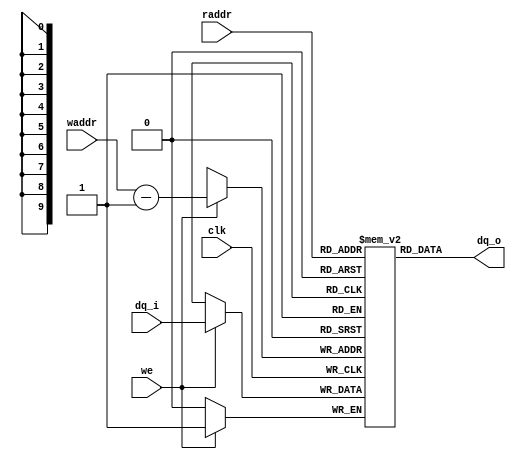
`timescale 1ns / 1ps
//////////////////////////////////////////////////////////////////////////////////
// Company: 
// Engineer: 
// 
// Design Name: 
// Module Name: myram
// Project Name: 
// Target Devices: 
// Tool Versions: 
// Description: 
// 
// Dependencies: 
// 
// Revision:
// Revision 0.01 - File Created
// Additional Comments:
// 
//////////////////////////////////////////////////////////////////////////////////


module myram #(
    parameter WIDTH = 1  ,               // ()
    parameter DEPTH = 800,               // ()
    parameter DEPBIT= 10                 // 
)(
    //module clock
    input                     clk  ,     // 

    //ram interface
    input                     we   ,
    input  [DEPBIT- 1'b1:0]   waddr,
    input  [DEPBIT- 1'b1:0]   raddr,
    input  [WIDTH - 1'b1:0]   dq_i ,
    output [WIDTH - 1'b1:0]   dq_o

    //user interface
);

//reg define
reg [WIDTH - 1'b1:0] mem [DEPTH - 1'b1:0];

//*****************************************************
//**                    main code
//*****************************************************

assign dq_o = mem[raddr];

always @ (posedge clk) begin
    if(we)
        mem[waddr-1] <= dq_i;
end

endmodule